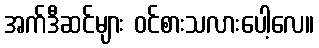
အက်ဒီဆင်များ ဝင်စားသလားပေါ့လေ။